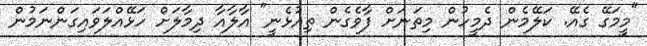
"މީމަގޭ ގެއޭ. ކަލޭމެން ދެމީހުން މިތަނަށް ފާވެގެން ތިއުޅެނީ" އާލާއާ ދިމާލަށް ހަޅޭއްލަވައިގަންނަމުން